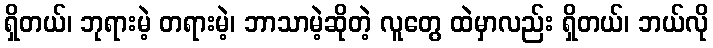
ရှိတယ်၊ ဘုရားမဲ့ တရားမဲ့၊ ဘာသာမဲ့ဆိုတဲ့ လူတွေ ထဲမှာလည်း ရှိတယ်၊ ဘယ်လို